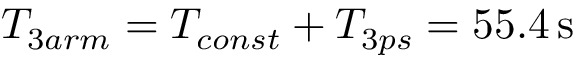
T _ { 3 a r m } = T _ { c o n s t } + T _ { 3 p s } = 5 5 . 4 \, \mathrm { s }